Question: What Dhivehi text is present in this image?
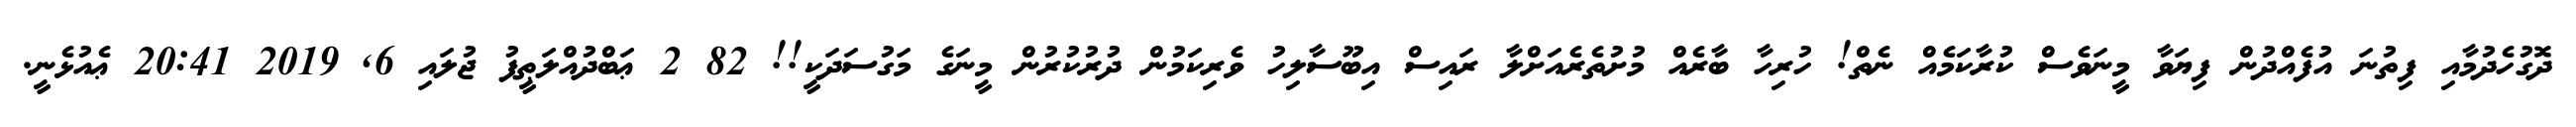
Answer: ދޮގުހެދުމާއި ފިތުނަ އުފެއްދުން ފިޔަވާ މީނަވެސް ކުރާކަމެއް ނެތް! ހުރިހާ ބާރެއް މުށުތެރެއަށްލާ ރައިސް އިބޫސާލިހު ވެރިކަމުން ދުރުކުރުން މީނަގެ މަގުސަދަކީ!! 82 2 ޢަބްދުއްލަޠީފު ޖުލައި 6, 2019 20:41 ޢެއުޅެނީ.